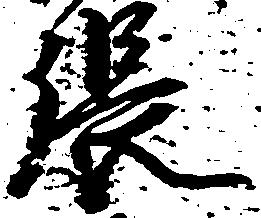
張